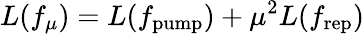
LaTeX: L(f_{\mu})=L(f_{\mathrm{pump}})+{\mu}^{2}L(f_{\mathrm{rep}})